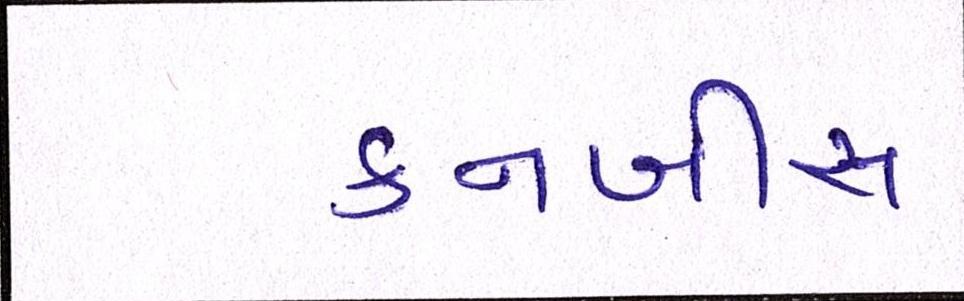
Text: કનબીસ